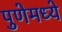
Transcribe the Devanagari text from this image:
पुणेमध्ये